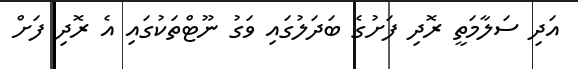
އަދި ސަލާމަތީ ރޮދި ފަށުގެ ބަދަލުގައި ވަގު ނޫޓްތަކުގައި އެ ރޮދި ފަށް